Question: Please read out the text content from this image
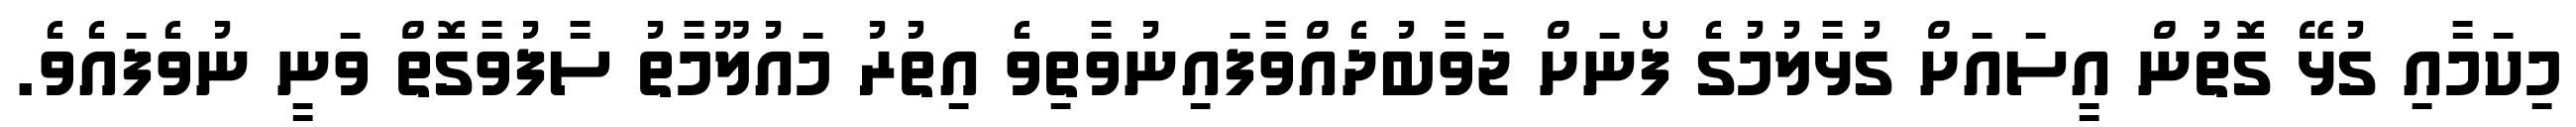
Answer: މިކަމާއި ގުޅޭ ގޮތުން އީސައަށް ގުޅާލުމުގެ ފޯނަށް ޖަވާބުދެއްވާފައިނުވާތިވެ އިތުރު މައުލޫމާތު ސާފުވާގޮތް ވަނީ ނުވެފައެވެ.